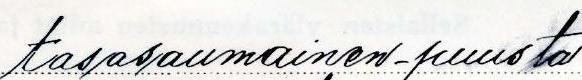
tasasaumainen - puusta